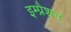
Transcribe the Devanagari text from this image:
इम्प्रैशन